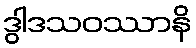
ဒွါဒသဝဿာနိ